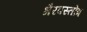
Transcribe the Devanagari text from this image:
भैरवस्तोत्र